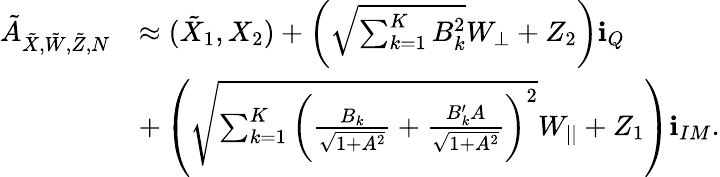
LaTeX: \begin{array}{rl}{\tilde{A}_{{{\tilde{X}}},\tilde{W},\tilde{Z},N}}&{\approx({{{\tilde{X}}}_{1}},{{X}_{2}})+\left(\sqrt{\sum_{k=1}^{K}B_{k}^{2}}{{W_{\perp}}}+{Z_{2}}\right)\textbf{i}_{Q}}\\ &{+\left(\sqrt{{\sum_{k=1}^{K}\bigg(\frac{B_{k}}{\sqrt{1+A^{2}}}+\frac{B_{k}^{\prime}A}{\sqrt{1+A^{2}}}\bigg)^{2}}}{{W_{||}}}+{Z_{1}}\right)\textbf{i}_{IM}.}\end{array}